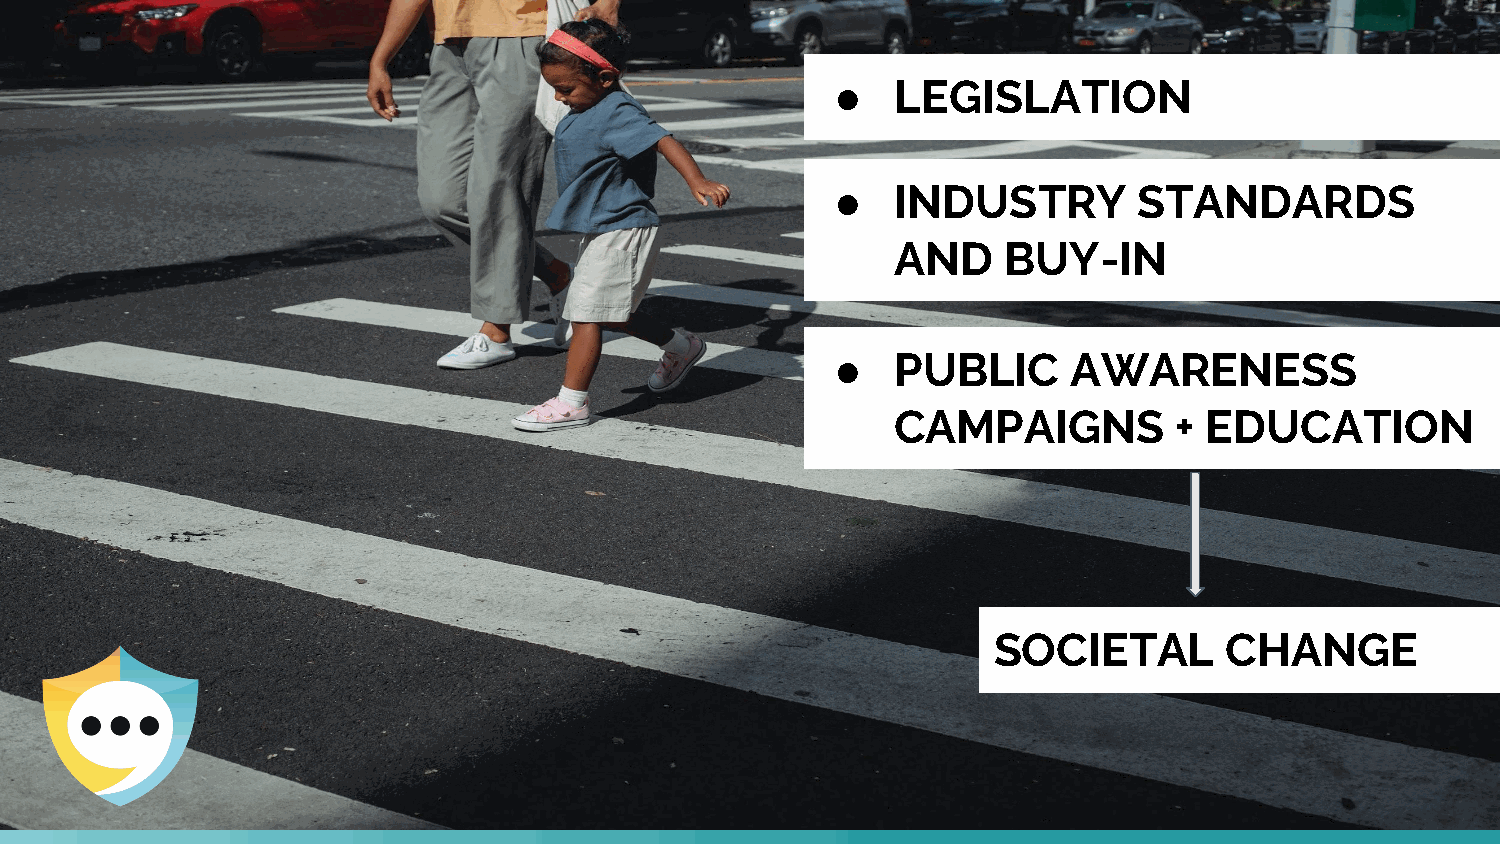
●   LEGISLATION
 ●   INDUSTRY        STANDARDS
 AND    BUY-IN
 ●   PUBLIC      AWARENESS
 CAMPAIGNS          + EDUCATION
 SOCIETAL       CHANGE